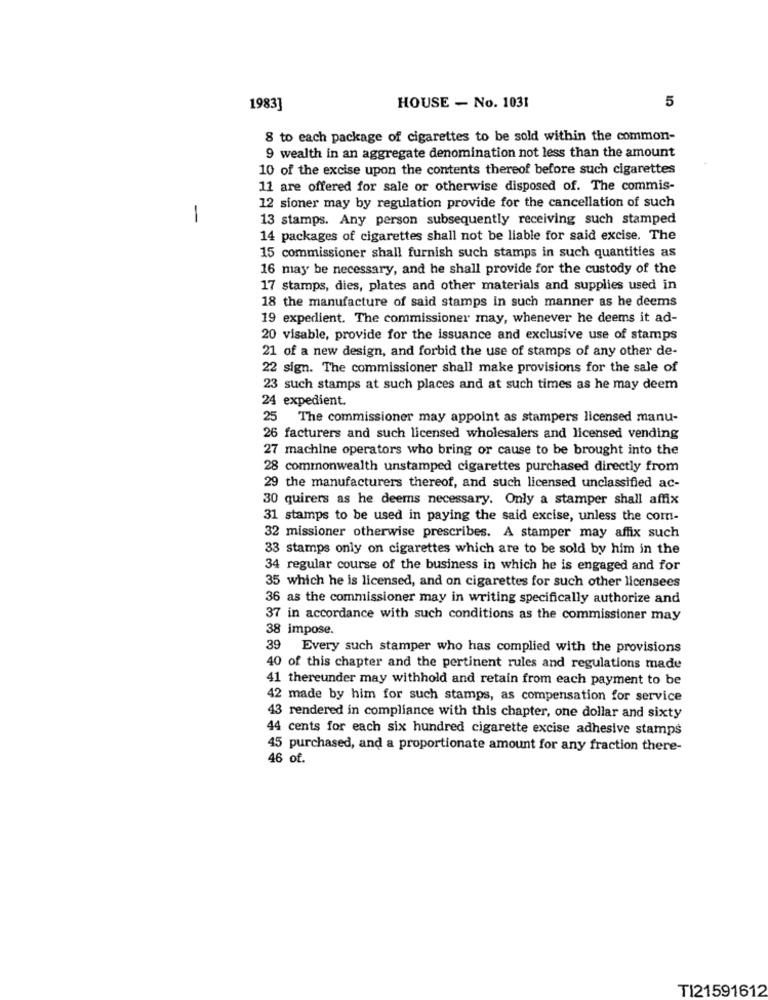
5
1983]
HOUSE - No. 1031
8 to each package of cigarettes to be sold within the common-
9 wealth in an aggregate denomination not less than the amount
10 of the excise upon the contents thereof before such cigarettes
11 are offered for sale or otherwise disposed of. The commis-
12 sioner may by regulation provide for the cancellation of such
-
13 stamps. Any person subsequently receiving such stamped
14 packages of cigarettes shall not be liable for said excise. The
15 commissioner shall furnish such stamps in such quantities as
16 may be necessary, and he shall provide for the custody of the
17 stamps, dies, plates and other materials and supplies used in
18 the manufacture of said stamps in such manner as he deems
19 expedient. The commissioner may, whenever he deems it ad-
20 visable, provide for the issuance and exclusive use of stamps
21 of a new design, and forbid the use of stamps of any other de-
22 sign. The commissioner shall make provisions for the sale of
23 such stamps at such places and at such times as he may deem
24 expedient.
25 The commissioner may appoint as stampers licensed manu-
26 facturers and such licensed wholesalers and licensed vending
27 machine operators who bring or cause to be brought into the
28 commonwealth unstamped cigarettes purchased directly from
29 the manufacturers thereof, and such licensed unclassified ac-
30 quirers as he deems necessary. Only a stamper shall affix
31 stamps to be used in paying the said excise, unless the com-
32 missioner otherwise prescribes. A stamper may affix such
33 stamps only on cigarettes which are to be sold by him in the
34 regular course of the business in which he is engaged and for
35 which he is licensed, and on cigarettes for such other licensees
36 as the commissioner may in writing specifically authorize and
37 in accordance with such conditions as the commissioner may
38 impose.
39 Every such stamper who has complied with the provisions
40 of this chapter and the pertinent rules and regulations made
41 thereunder may withhold and retain from each payment to be
42 made by him for such stamps, as compensation for service
43 rendered in compliance with this chapter, one dollar and sixty
44 cents for each six hundred cigarette excise adhesive stamps
45 purchased, and a proportionate amount for any fraction there-
46 of.
TI21591612